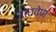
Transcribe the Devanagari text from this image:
राघवेण